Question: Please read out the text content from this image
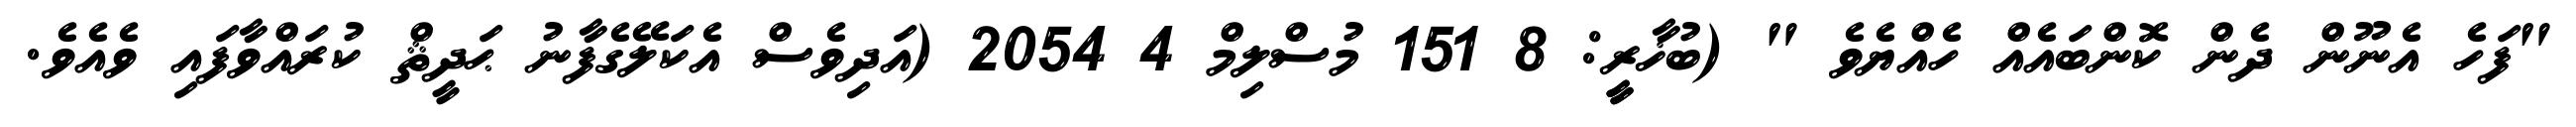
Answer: "ފަހެ އެނޫން ދެން ކޮންބައެއް ހެއްޔެވެ " (ބުޚާރީީ: 8 151 މުސްލިމް 4 2054 (އަދިވެސް އެކަލޭގެފާނު ޙަދީޘް ކުރައްވާފައި ވެއެވެ.